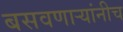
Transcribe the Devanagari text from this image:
बसवणाऱ्यांनीच